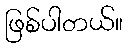
ဖြစ်ပါတယ်။